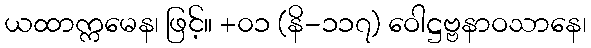
ယထာက္ကမေန၊ ဖြင့်။ +၀၁ (နိ-၁၁၇) ဝေါဋ္ဌဗ္ဗနာဝသာနေ၊